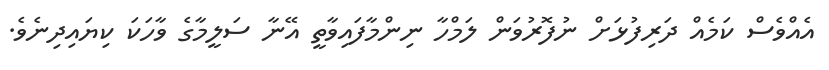
އެއްވެސް ކަމެއް ދަރިފުޅަށް ނުފޮރުވަން ލަމްހާ ނިންމާފައިވާތީ އޭނާ ސަލީމާގެ ވާހަކަ ކިޔައިދިނެވެ.